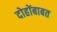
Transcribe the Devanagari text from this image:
दोहोंबाबत